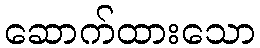
ဆောက်ထားသော